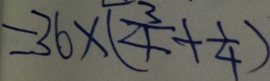
= 3 6 \times ( \frac { 3 } { 4 } + \frac { 1 } { 4 } )